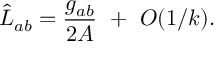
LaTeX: \hat { L } _ { a b } = { \frac { g _ { a b } } { 2 A } } ~ + ~ { \cal O } ( 1 / k ) .